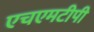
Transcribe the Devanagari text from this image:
एचएमटीपी